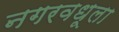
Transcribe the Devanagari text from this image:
नगरवधूला